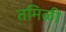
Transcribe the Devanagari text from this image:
तमिळी